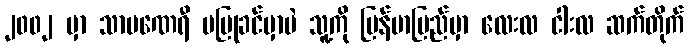
၂၀၀၂ မှာ သာမဏေရီ မပြုခင်မှာပဲ သူ့ကို မြန်မာပြည်မှာ လေးလ ငါးလ ဆက်တိုက်